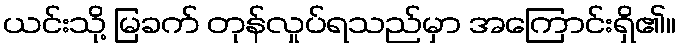
ယင်းသို့ မြခက် တုန်လှုပ်ရသည်မှာ အကြောင်းရှိ၏။